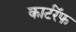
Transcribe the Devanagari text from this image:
कार्टरॅफ